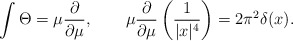
\begin{align*}\int \Theta =\mu {\frac{\partial }{\partial \mu }},~~~~~~\mu {\frac{\partial }{\partial \mu }}\left( {\frac{1}{|x|^{4}}}\right) =2\pi ^{2}\delta (x).\end{align*}